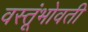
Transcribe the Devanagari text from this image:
वस्तूंभोवती